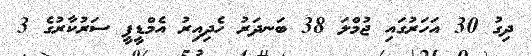
ދިގު 30 އަހަރުގައި ޖުމްލަ 38 ބަނދަރު ހެދިއިރު އެމްޑީޕީ ސަރުކާރުގެ 3